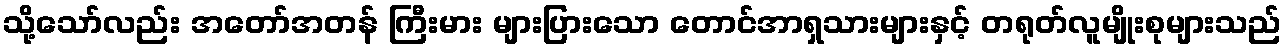
သို့သော်လည်း အတော်အတန် ကြီးမား များပြားသော တောင်အာရှသားများနှင့် တရုတ်လူမျိုးစုများသည်